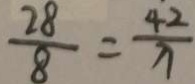
\frac { 2 8 } { 8 } = \frac { 4 2 } { x }